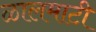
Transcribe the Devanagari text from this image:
ळालमाटी